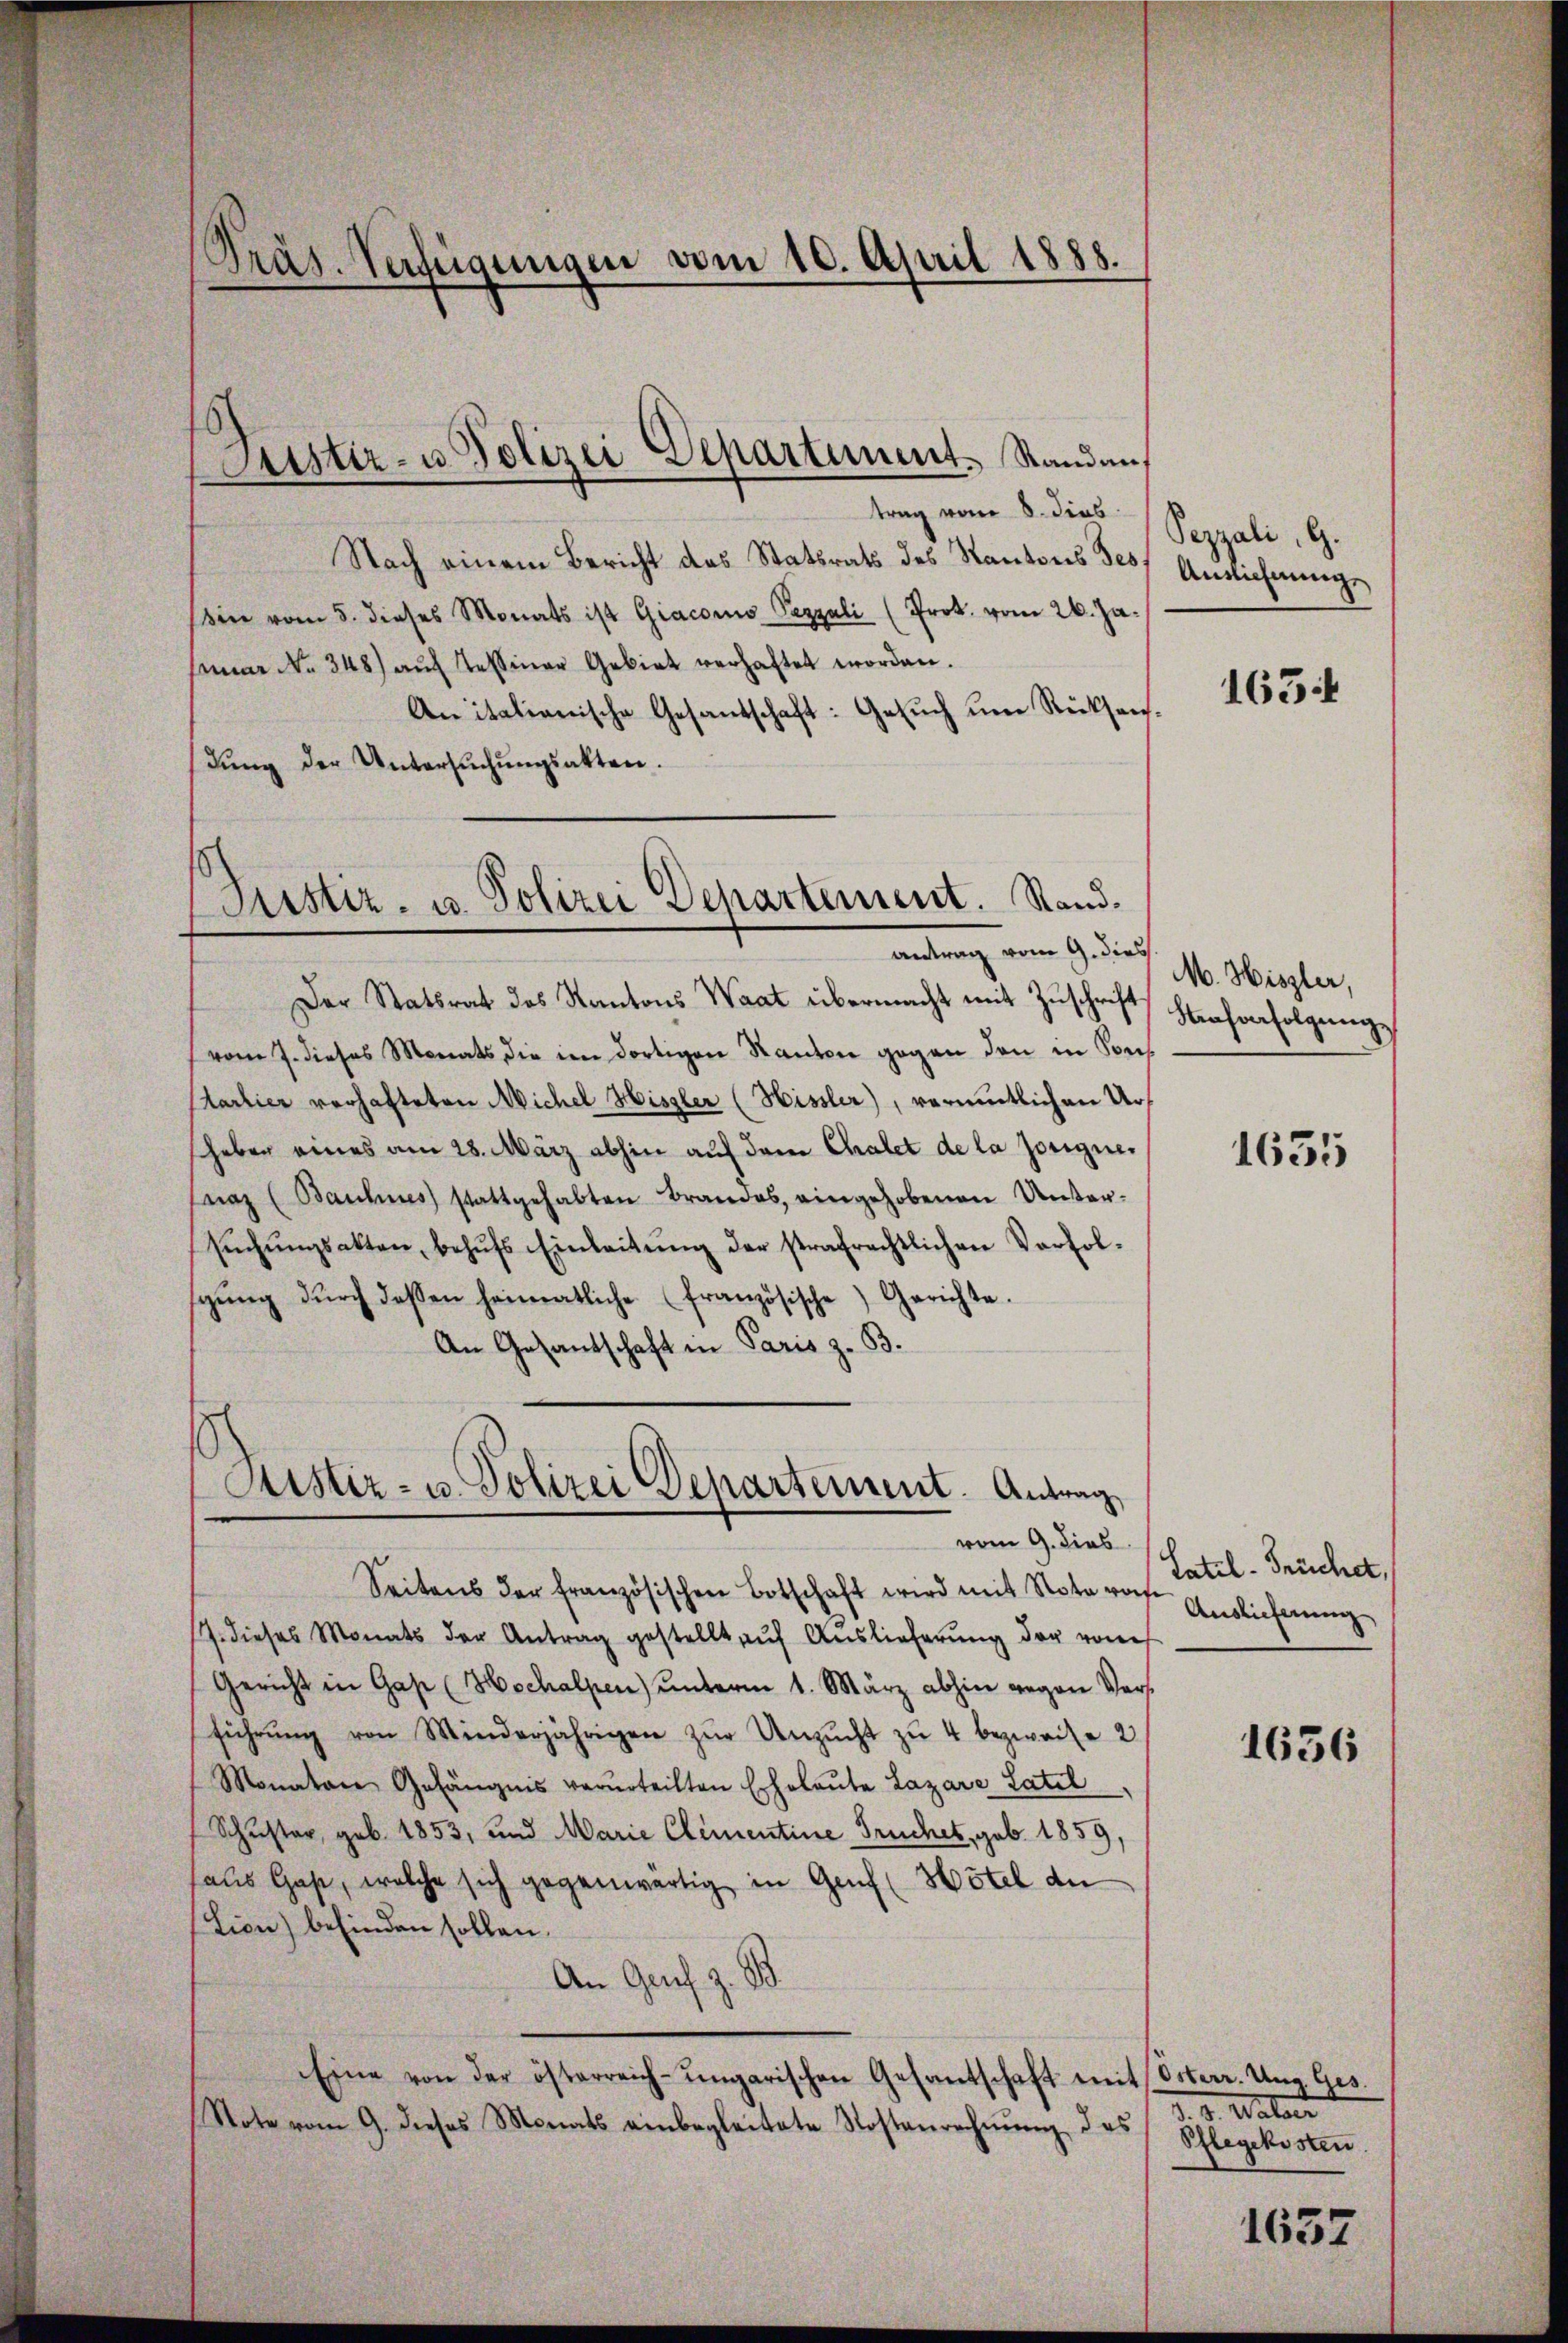
trag vom 8. dies
Nach einem Bericht das Statsrats des Kantons Tes
sin vom 5. dieses Monats ist Giaconus Pezzali (Prok. vom 26. Jasamm No. 348) auf Tessiner Gebiet verhaftet worden.
Anitalienische Gesandschaft: Gesuch um Rücksendŭng der Untersŭchŭngsakten.

Präs. Verfügungen vom 10. April 1888.

Justiz- u. Polizei Departement. Standen,

Justiz- u. Polizei Departement. Stand.
antrag vom 9. dies

Der Statsrat des Kantons Waat übermacht mit Zuschrift
vom 7. dieses Monats die im dortigen Kanton gegen den in Sei¬
Ctartier verhafteten Michel Hissler (Hissler), vermutlichen Ursheben eines am 28. März abhin auf dem Chalet de la josignenaz (Bauhnes stattgehabten Brandes, eingehobenen Untersŭchŭngsakten, behŭfs Einleitŭng der strafrechtlichen Verfol-
gŭng dŭrch dessen heimatliche (französische Gerichte.
An Gesandschaft in Paris z. B.

Sistiz- u. Polizei Departement. Antrag
vom 9. dies

Seitens der französischen Botschaft wird mit Note rohe
17. dieses Monats der Antrag gestellt auf Auslieferung der vom
Gericht in Gas (Hochalpen ŭnterm 1. März abhin gegen Vers
führŭng von Minderjährigen zŭr Unzŭcht zŭ 4 bezweife 2
Monatare Gefängnis verurteilten Erholeŭte Lazare Latil
Schuster, geb. 1853, und Marie Clementine Fruchet, geb. 1859,
aus Gast, welche sich gegenwärtig in Genf (Hotel de
Lion) befinden sollen.
An Genf z. B.
Eine von der österreich-ungarischen Gesantschaft mit Osterr. Ung. Ges.
Note vom 9. dieses Monats einbegleitete Kostenrechnung, das

Pezzali, G.
Auslichnung

1634

M. Hiszler,
Nihenfolgung

1635

Satel - Früchet,
Auslieferung

1636

d. d. Mater
Pflegekosten

1637